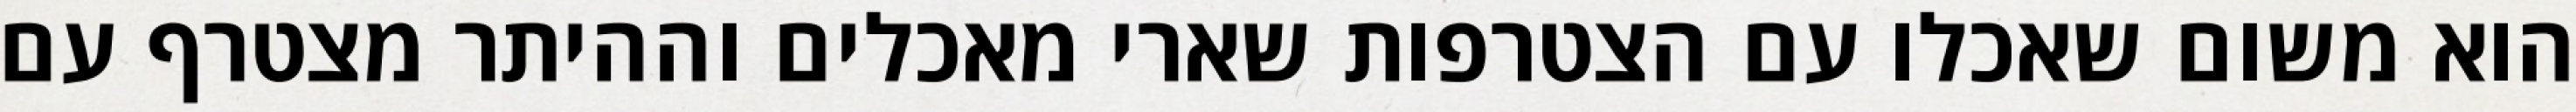
הוא משום שאכלו עם הצטרפות שארי מאכלים וההיתר מצטרף עם